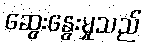
ဆွေးနွေးမှုသည်